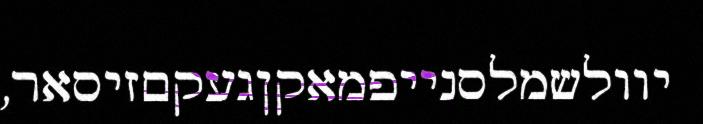
יוולשמלסנייפמאקןגעקםזיסאר,